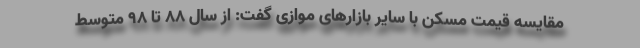
مقایسه قیمت مسکن با سایر بازارهای موازی گفت: از سال ۸۸ تا ۹۸ متوسط